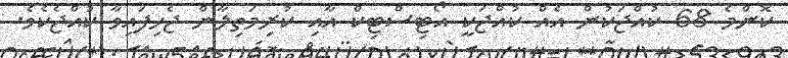
ކޮންމެ 68 ކުއްޖަކުން އެއް ކުއްޖަކީ އޯޓިސްޓިކް އާއި ކުރިމަތިލާން ޖެހިފައިވާ ކުއްޖެކެވެ.